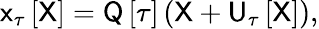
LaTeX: \mathsf{x}_{\tau}\left[\mathsf{X}\right]=\mathsf{Q}\left[\tau\right]\left(\mathsf{X}+\mathsf{U}_{\tau}\left[\mathsf{X}\right]\right),